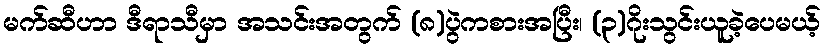
မက်ဆီဟာ ဒီရာသီမှာ အသင်းအတွက် (၈)ပွဲကစားအပြီး၊ (၃)ဂိုးသွင်းယူခဲ့ပေမယ့်